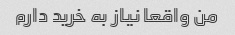
من واقعا نیاز به خرید دارم